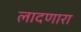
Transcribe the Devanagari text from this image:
लादणारा